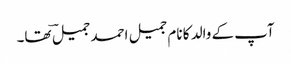
آپ کے والد کا نام جمیل احمد جمیلؔ تھا۔